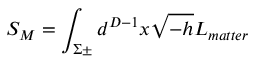
S _ { M } = \int _ { \Sigma \pm } d ^ { D - 1 } x \sqrt { - h } L _ { m a t t e r }